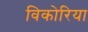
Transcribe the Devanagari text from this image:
विकोरिया